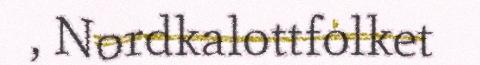
, Nordkalottfolket